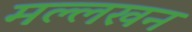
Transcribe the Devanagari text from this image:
मल्लखन